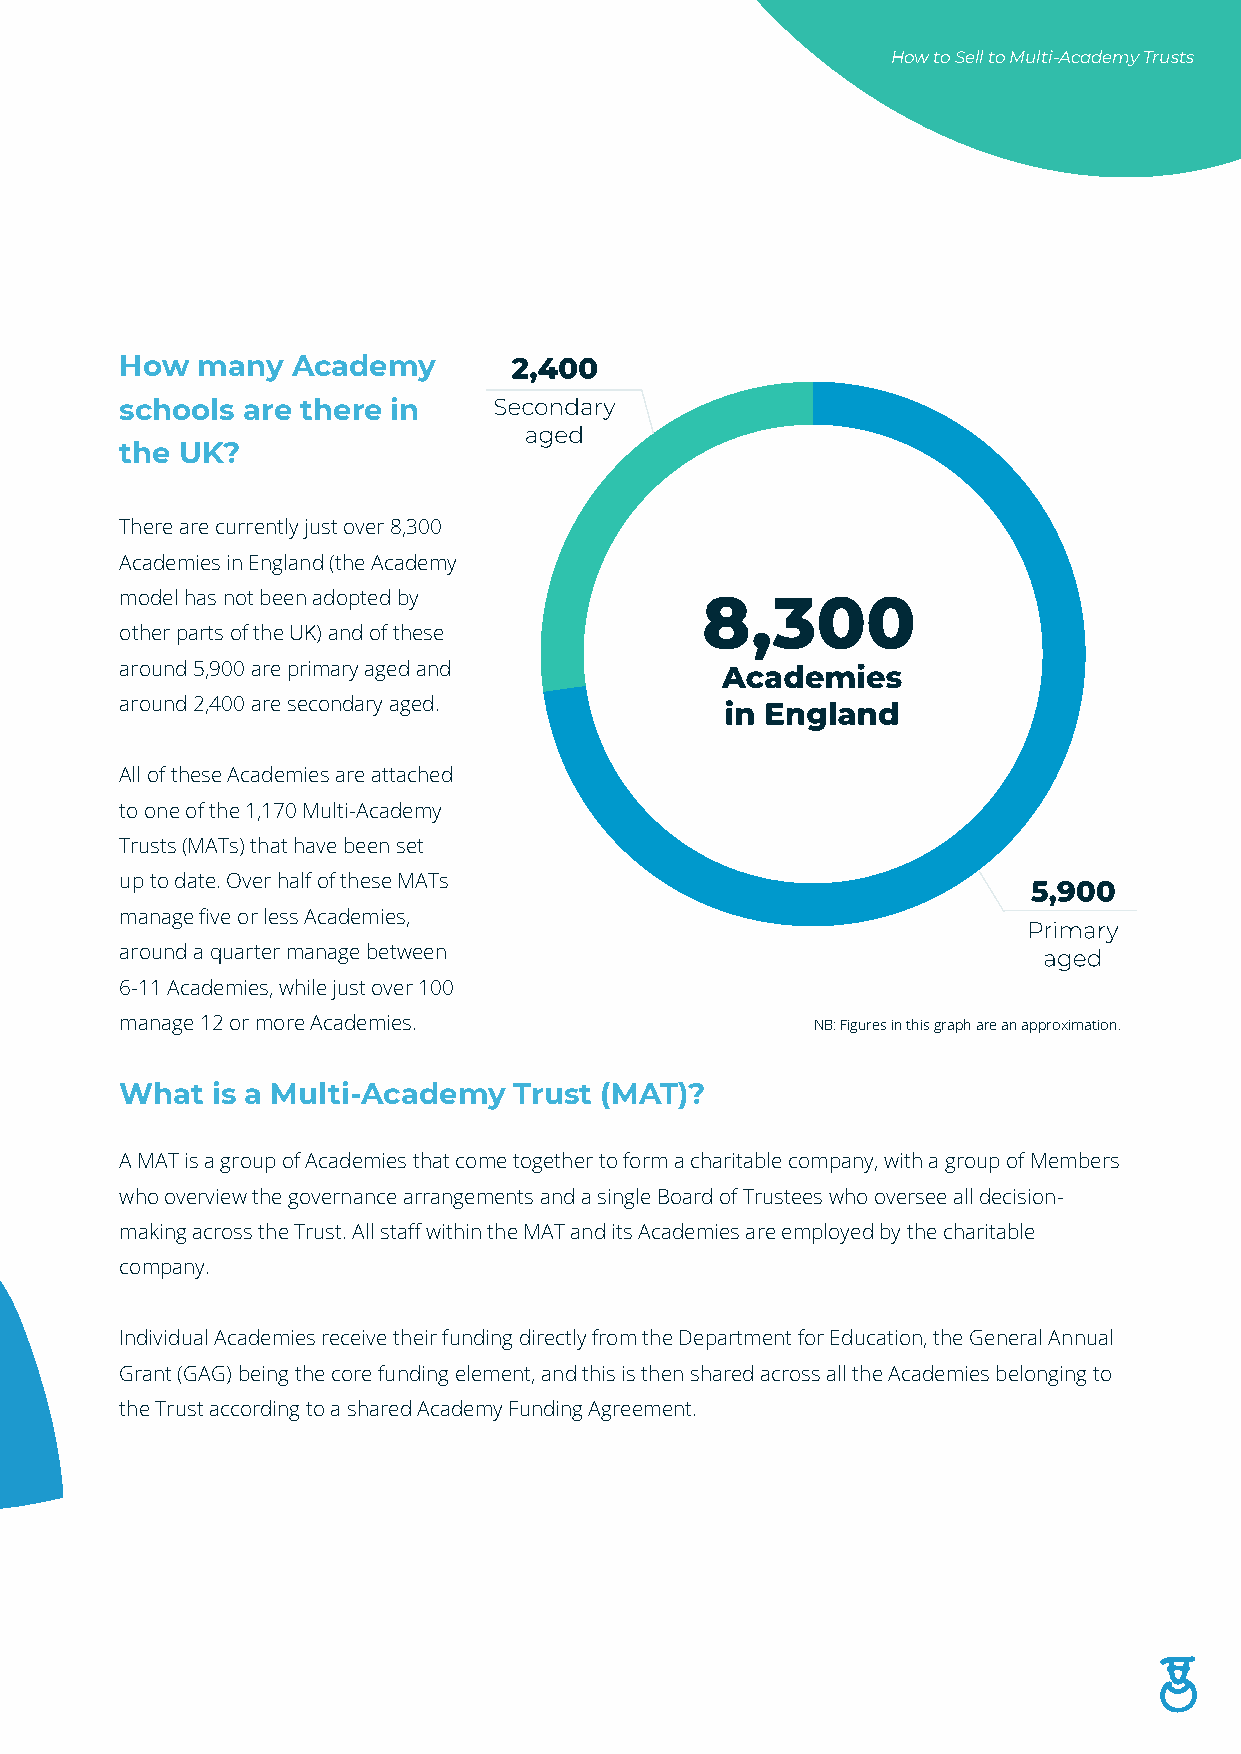
How to Sell to Multi-Academy Trusts
 How  many  Academy
 schools are there in
 the UK?
 There are currently just over 8,300
 Academies in England (the Academy
 model has not been adopted by
 other parts of the UK) and of these
 around 5,900 are primary aged and
 around 2,400 are secondary aged.
 All of these Academies are attached
 to one of the 1,170 Multi-Academy
 Trusts (MATs) that have been set
 up to date. Over half of these MATs
 manage five or less Academies,
 around a quarter manage between
 6-11 Academies, while just over 100
 manage 12 or more Academies.                  NB: Figures in this graph are an approximation.
 What  is a Multi-Academy  Trust (MAT)?
 A MAT is a group of Academies that come together to form a charitable company, with a group of Members
 who overview the governance arrangements and a single Board of Trustees who oversee all decision-
 making across the Trust. All staff within the MAT and its Academies are employed by the charitable
 company.
 Individual Academies receive their funding directly from the Department for Education, the General Annual
 Grant (GAG) being the core funding element, and this is then shared across all the Academies belonging to
 the Trust according to a shared Academy Funding Agreement.